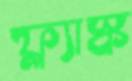
ফ্ল্যাস্ক